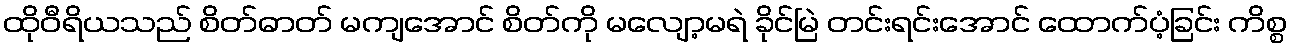
ထိုဝီရိယသည် စိတ်ဓာတ် မကျအောင် စိတ်ကို မလျော့မရဲ ခိုင်မြဲ တင်းရင်းအောင် ထောက်ပံ့ခြင်း ကိစ္စ